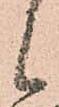
候